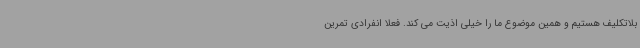
بلاتکلیف هستیم و همین موضوع ما را خیلی اذیت می کند. فعلا انفرادی تمرین